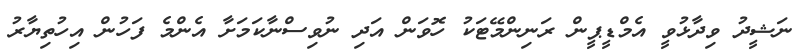
ނަޝީދު ވިދާޅުވީ އެމްޑީޕީން ރަނިންމޭޓަކު ހޮވަން އަދި ނުވިސްނާކަމަށާ އެންމެ ފަހުން އިހުތިޔާރު